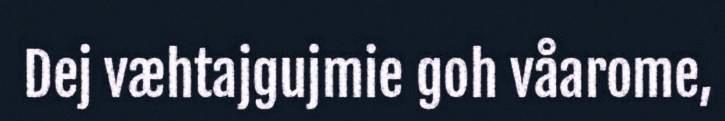
Dej væhtajgujmie goh våarome,